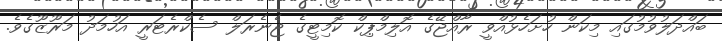
ބައްދަލުވުމުގައި މިކަން ހުށަހެޅުއްވީ ރާއްޖޭގެ އޮލިމްޕިކް ކޮމިޓީގެ ޖެނެރަލް ސެކްރެޓަރީ އަހުމަދު މަރޫޒޫގެވެ.